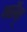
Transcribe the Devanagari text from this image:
जॉन्